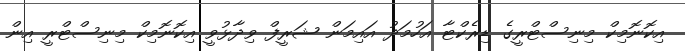
އިކޮނޮމިކް މިނިސްޓްރީގެ ޑިރެކްޓާ އަހުމަދު އައިމަން ޝަރީފް ވިދާޅުވީ އިކޮނޮމިކް މިނިސްޓްރީ އިން